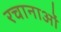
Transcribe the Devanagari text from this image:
रचानाओं